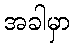
အခါမှာ